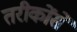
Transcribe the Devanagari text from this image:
तरीकोंसे